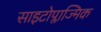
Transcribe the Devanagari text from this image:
साइटोप्लाज्मिक